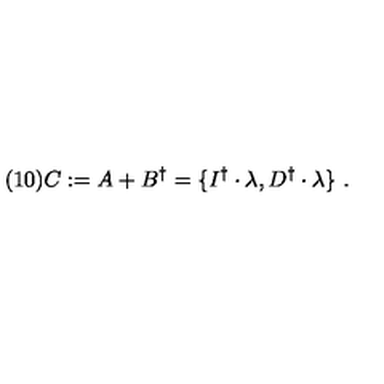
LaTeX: ( 1 0 ) C : = A + B ^ { \dagger } = \{ I ^ { \dagger } \cdot \lambda , D ^ { \dagger } \cdot \lambda \} \ .